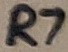
Text: R7